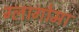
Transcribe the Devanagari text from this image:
ग्लागोमा